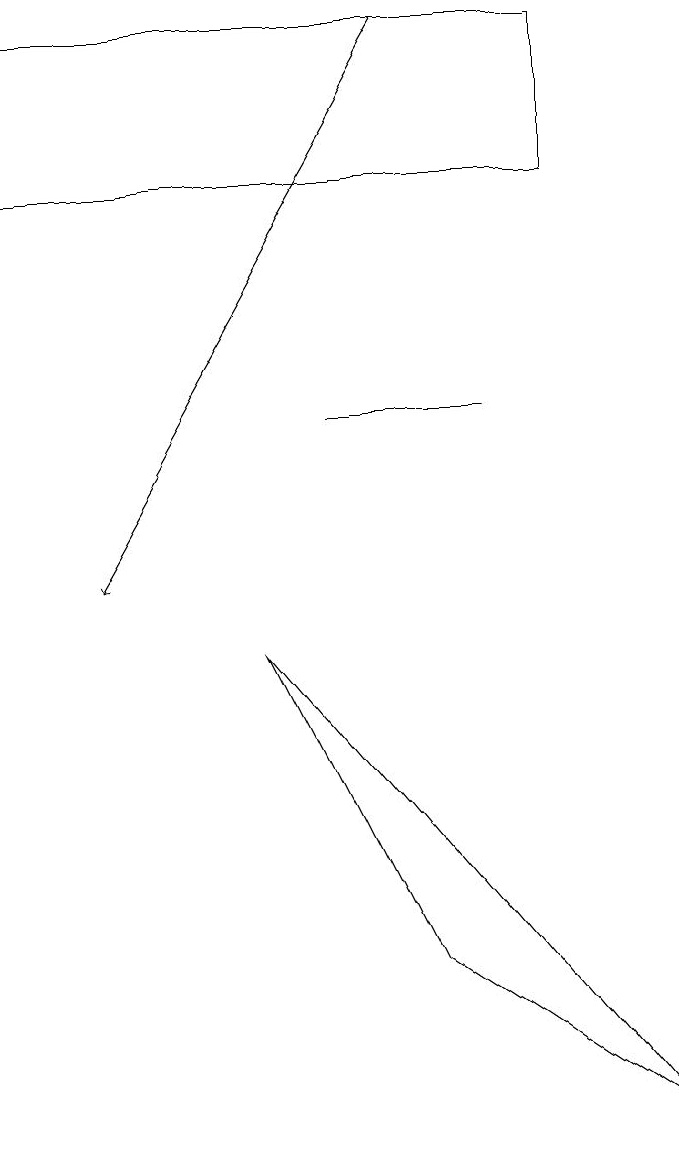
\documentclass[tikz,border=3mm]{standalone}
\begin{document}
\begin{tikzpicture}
\draw[->] (6,17) -- (2,10);
\draw (8,17) rectangle (1,15);
\draw (7,12) rectangle (5,12);
\draw (9,3) -- (6,5) -- (4,9) -- cycle;
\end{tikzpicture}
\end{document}